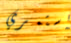
استمري